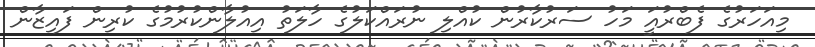
މިއަހަރުގެ ފެބްރުއަީ މަހު ސަރުކާރުން ކުއްލި ނުރައްކަލުގެ ހާލަތު އިއުލާންކުރުމުގެ ކުރިން ފައިޒާން